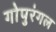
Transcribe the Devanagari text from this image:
गोपुरंगल